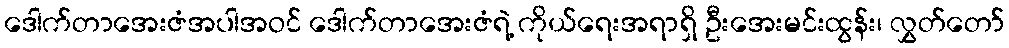
ဒေါက်တာအေးဇံအပါအဝင် ဒေါက်တာအေးဇံရဲ့ ကိုယ်ရေးအရာရှိ ဦးအေးမင်းထွန်း၊ လွှတ်တော်